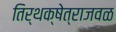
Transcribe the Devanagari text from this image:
तिर्थक्षेत्राजवळ